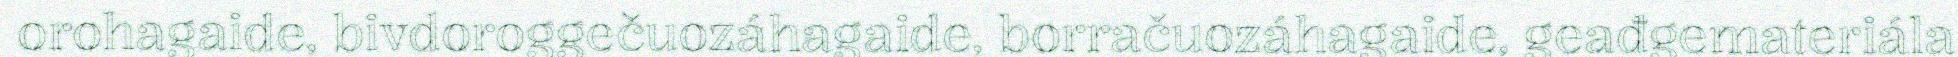
orohagaide, bivdoroggečuozáhagaide, borračuozáhagaide, geađgemateriála